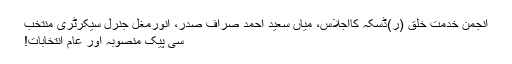
انجمن خدمت خلق (ر)ڈسکہ کااجلاس، میاں سعید احمد صراف صدر، انورمغل جنرل سیکرٹری منتخب
سی پیک منصوبہ اور عام انتخابات!